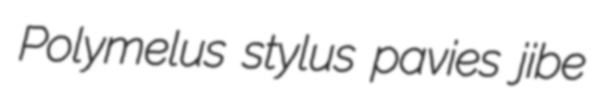
Polymelus stylus pavies jibe